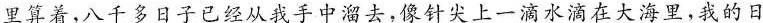
里算着，八千多日子已经从我手中溜去，像针尖上一滴水滴在大海里，我的日